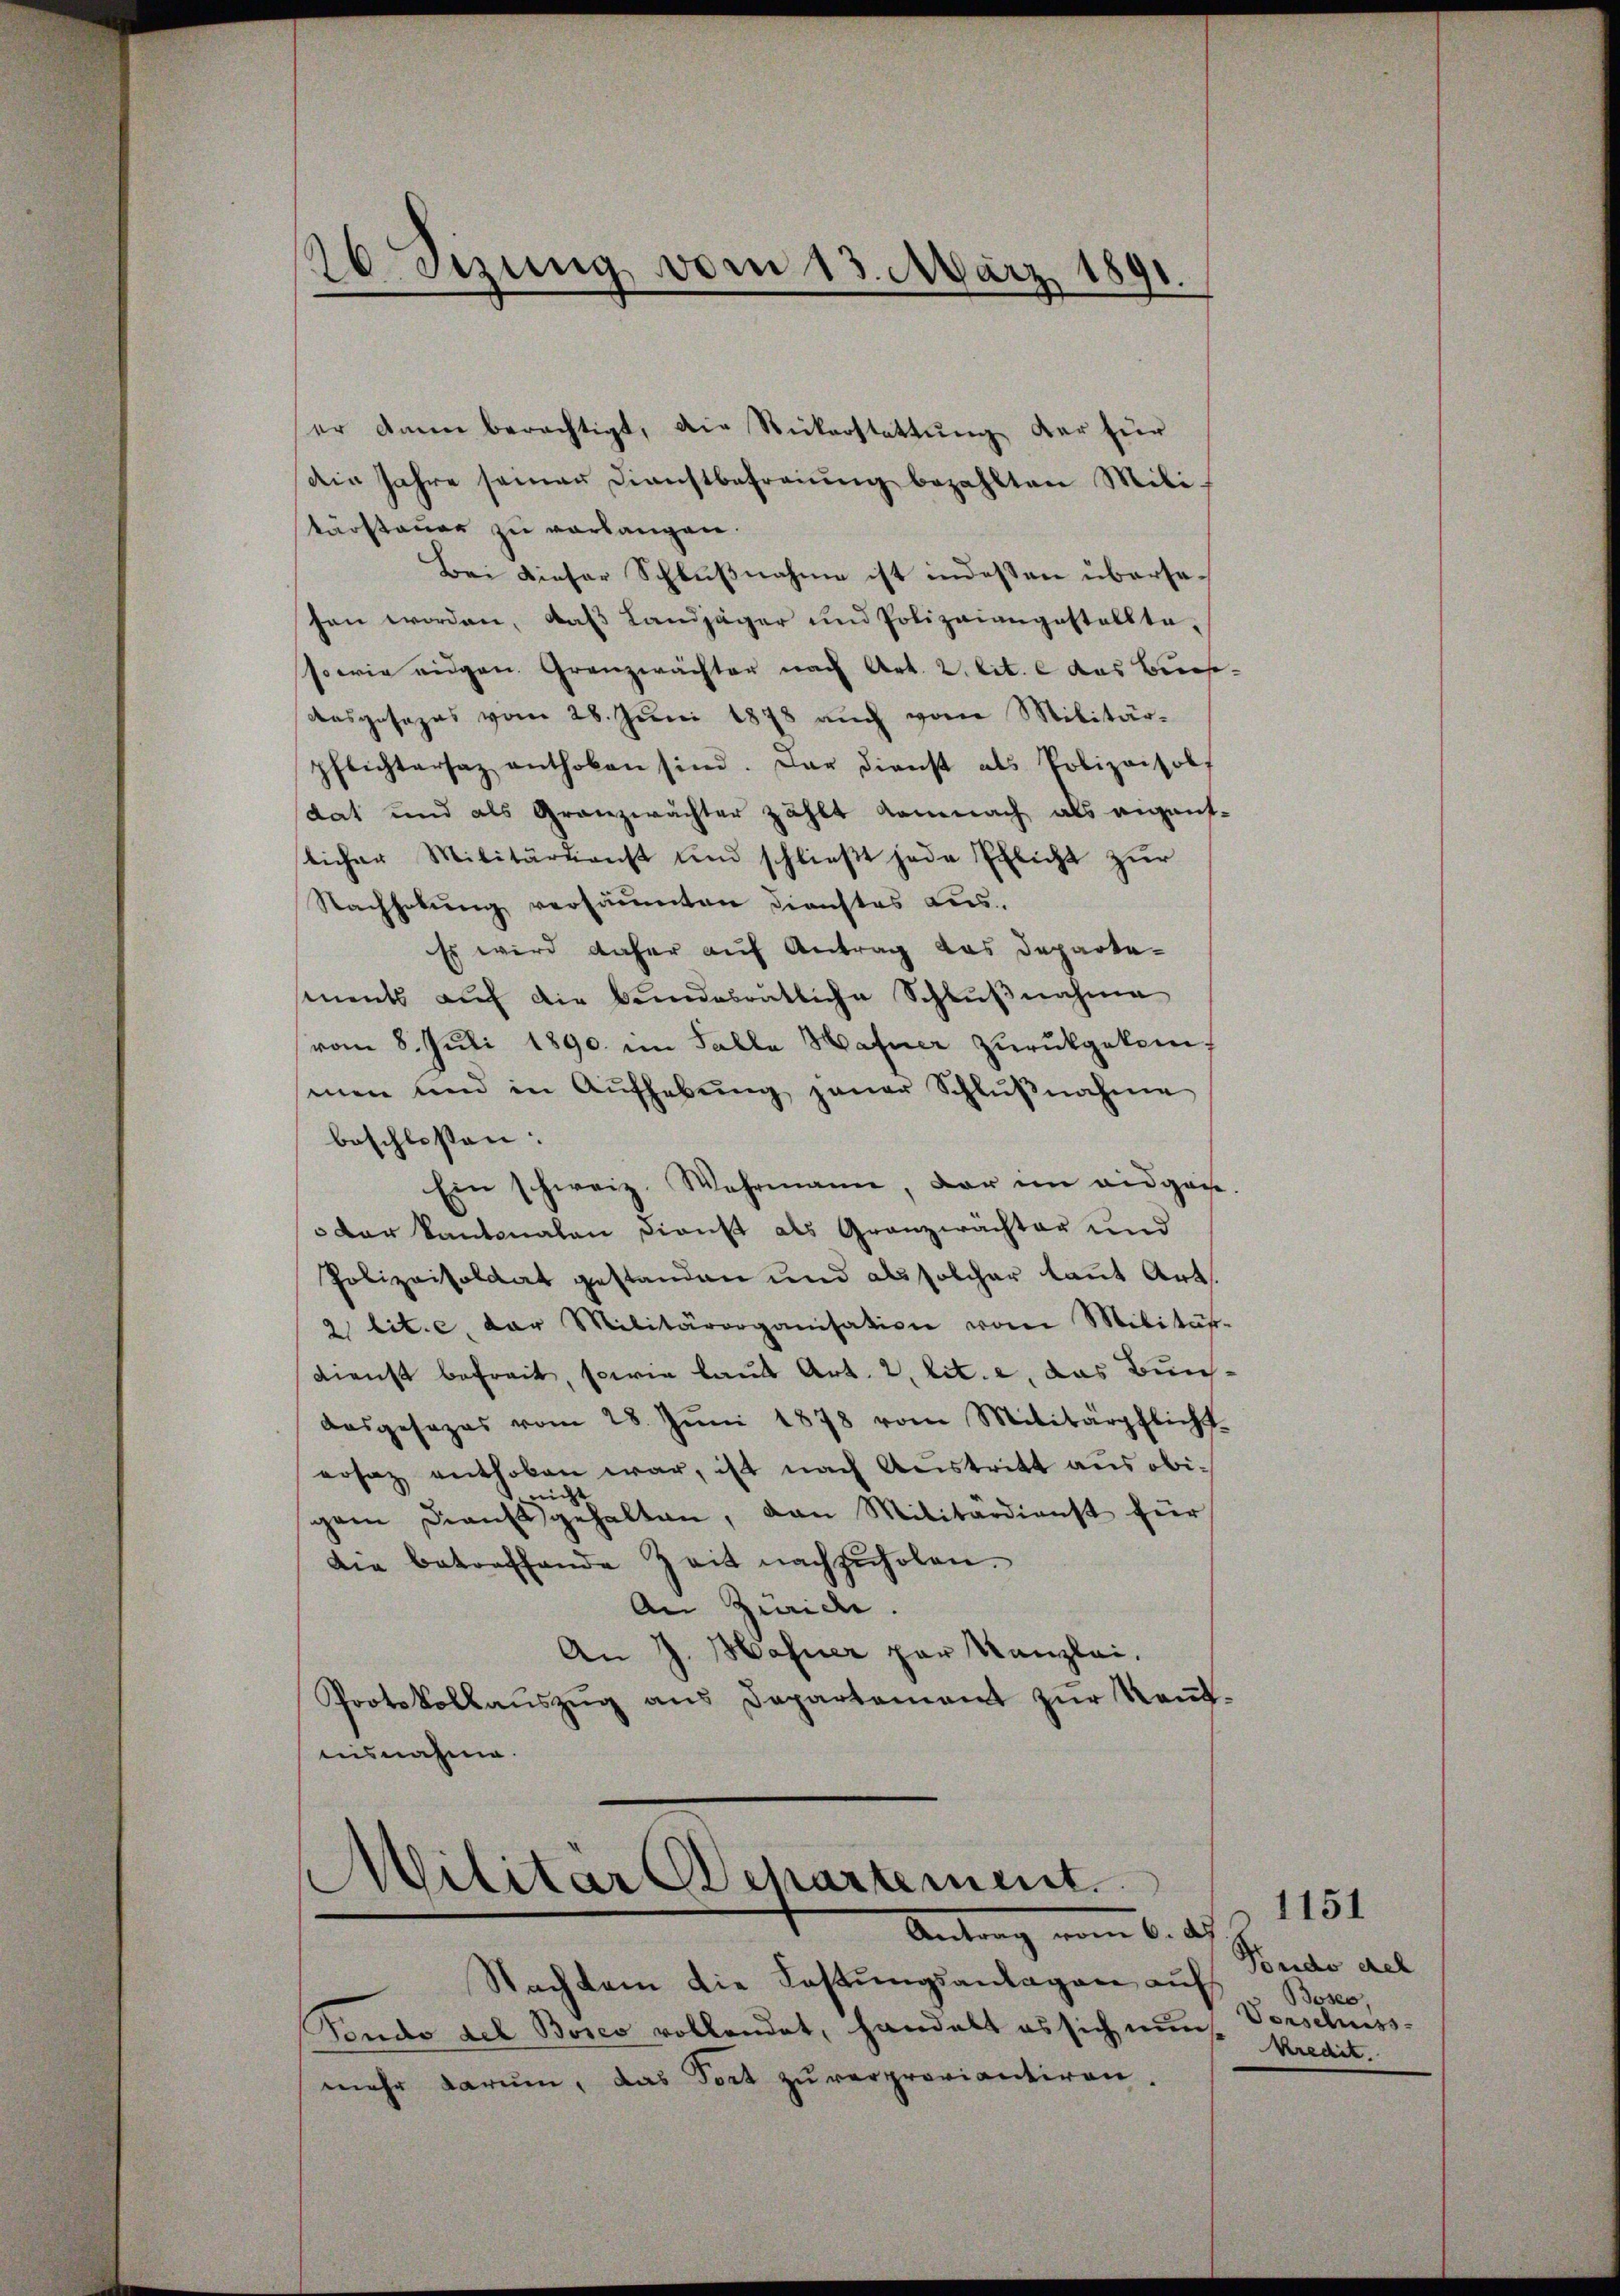
.
20. Sizung vom 13. März 1891.

er Anna berechtigt, die Rickerstattung der für
die Jahre seiner Dienstbefreiung bezahlten Mili-
tärstauer zu verlangen.
Bei dieser Schlußnahme ist indessen übersesen worden, daß Landjäger und Polizeiangestellte,
sowie eigen Granzwächter nach Art. 2. lit. e das Buch¬
Ausgesezes vom 28. Juni 1878 auch von Militärpflichtersaz enthoben sind. Der dienst als Polizeisol
dat und als Granzwächter zählt demnach als eigent-
licher Militärdienst und schlieβt jede Ehlicht zŭr
Nachholung versäumten Dienstes Lus
Es wird daher auf Antrag das Departements auf die bundesrätliche Schlußnahme
vom 8. Juli 1890. im Falle Hafner zurückgekommen und in Aŭfhebŭng jener Schlŭβnahme
beschlossen:
Ein schweiz. Wahrmann, der im eidgen.
 der Kantonalen Dienst als Granzwächter und
Polizeisoldat gestanden und als solcher laut Art.
2 lit. c. der Militärorganisation vom Militär-
Dienst befreit, sowie laut Art. 2, lit. e. das Bundasgesezes vom 28. Jŭni 1878 vom Militärpflicht
ersaz enthoben war, ist nach Austritt aus obigem Dienstgehalten, dan Militärdienst für
die betreffende Zeit nachzuholen.
An Zürich.
An J. Hahner par Kanzlei.
Protokollaŭszŭg ans Departement zŭr Keṅt-
aisnahme.

Militär Departement
Antrag vom 6. des

Nachkam die Fastungsanlagen auf
Pendo del Bosco vollendet, handelt es sich nun Verschuss-
mehr darum, das Dort zu verproviantiren.

Fondo stel
Boses,
kredit.

1151